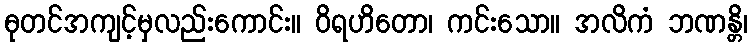
ဓုတင်အကျင့်မှလည်းကောင်း။ ဝိရဟိတော၊ ကင်းသော။ အလိကံ ဘဏန္တိ၊